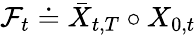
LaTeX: \mathcal F_{t}\doteq\bar{X}_{t,T}\circ X_{0,t}